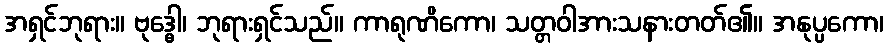
အရှင်ဘုရား။ ဗုဒ္ဓေါ၊ ဘုရားရှင်သည်။ ကာရုဏိကော၊ သတ္တဝါအားသနားတတ်၏။ အနုပ္ပကော၊